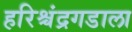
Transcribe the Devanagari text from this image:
हरिश्चंद्रगडाला